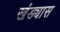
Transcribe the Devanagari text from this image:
खंड्यास